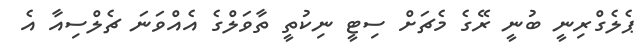
ޕެލެގްރިނީ ބުނީ ރޭގެ މެޗަށް ސިޓީ ނިކުތީ ތާވަލްގެ އެއްވަނަ ޗެލްސިއާ އެ